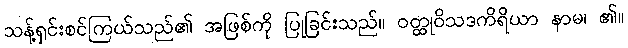
သန့်ရှင်းစင်ကြယ်သည်၏ အဖြစ်ကို ပြုခြင်းသည်။ ဝတ္ထုဝိသဒကိရိယာ နာမ၊ ၏။